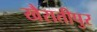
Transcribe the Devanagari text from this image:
खैरातीपुर